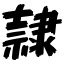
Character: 隷